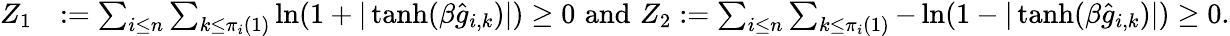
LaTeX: \begin{array}{rl}{Z_{1}}&{:=\sum_{i\le n}\sum_{k\le\pi_{i}(1)}\ln(1+|\operatorname{tanh}(\beta\hat{g}_{i,k})|)\ge 0\, \, \mathrm{and}\, \, Z_{2}:=\sum_{i\le n}\sum_{k\le\pi_{i}(1)}-\ln(1-|\operatorname{tanh}(\beta\hat{g}_{i,k})|)\ge 0.}\end{array}